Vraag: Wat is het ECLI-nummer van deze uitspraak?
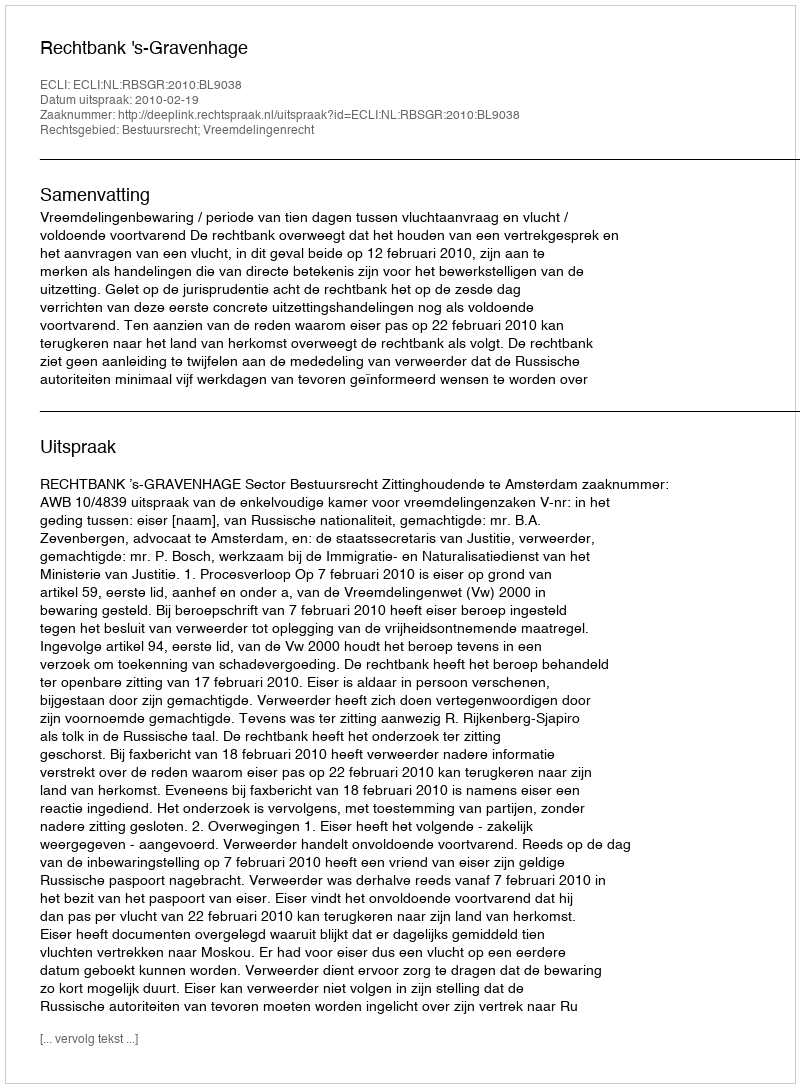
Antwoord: ECLI:NL:RBSGR:2010:BL9038